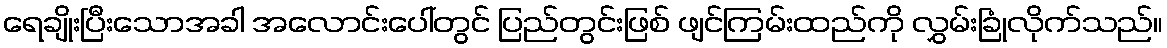
ရေချိုးပြီးသောအခါ အလောင်းပေါ်တွင် ပြည်တွင်းဖြစ် ဖျင်ကြမ်းထည်ကို လွှမ်းခြုံလိုက်သည်။